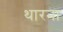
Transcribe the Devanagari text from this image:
थारना